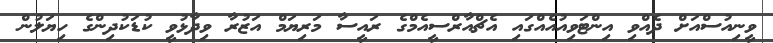
ވީނިއުސްއަށް ދެއްވި އިންޓަވިއުއެއްގައި އެޗްއާރްސީއެމްގެ ރައީސާ މަރިޔަމް އަޒުރާ ވިދާޅުވީ ކުޑަކުދިންގެ ހިޔަލުން